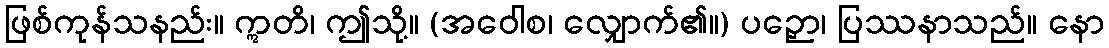
ဖြစ်ကုန်သနည်း။ ဣတိ၊ ဤသို့။ (အဝေါစ၊ လျှောက်၏။) ပဉှော၊ ပြဿနာသည်။ နော